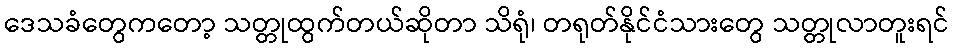
ဒေသခံတွေကတော့ သတ္တုထွက်တယ်ဆိုတာ သိရုံ၊ တရုတ်နိုင်ငံသားတွေ သတ္တုလာတူးရင်